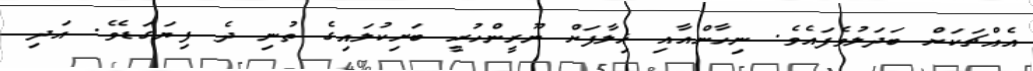
އެއްޗަކަށް ބަދަލުވެފައެވެ. ނިހާންއާއި ޚިލާފަށް ނޫރީންހުރީ ބަށިކުލައިގެ ތުނި ދެ ފިޔަގަޑެވެ. އަދި